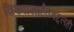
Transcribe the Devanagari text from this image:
विश्‍वासार्हतेबद्दलही